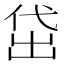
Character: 𬾚